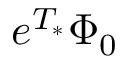
e ^ { T _ { * } } \Phi _ { 0 }